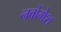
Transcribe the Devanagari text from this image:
नवोंमेश